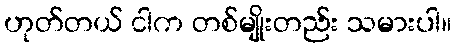
ဟုတ်တယ် ငါက တစ်မျိုးတည်း သမားပါ။